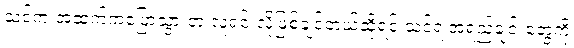
သင်က အထက်ကပြောသွားတဲ့ လူရှင်းလိုဖြစ်ချင်တယ်ဆိုရင် သင့်ရဲ့အရည်ချင်းတွေကို